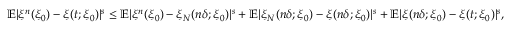
\begin{array} { r } { \mathbb { E } | \xi ^ { n } ( \xi _ { 0 } ) - \xi ( t ; \xi _ { 0 } ) | ^ { s } \leq \mathbb { E } | \xi ^ { n } ( \xi _ { 0 } ) - \xi _ { N } ( n \delta ; \xi _ { 0 } ) | ^ { s } + \mathbb { E } | \xi _ { N } ( n \delta ; \xi _ { 0 } ) - \xi ( n \delta ; \xi _ { 0 } ) | ^ { s } + \mathbb { E } | \xi ( n \delta ; \xi _ { 0 } ) - \xi ( t ; \xi _ { 0 } ) | ^ { s } , } \end{array}